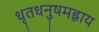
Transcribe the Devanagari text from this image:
धृतधनुषमह्नाय